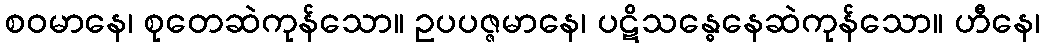
စဝမာနေ၊ စုတေဆဲကုန်သော။ ဥပပဇ္ဇမာနေ၊ ပဋိသန္ဓေနေဆဲကုန်သော။ ဟီနေ၊